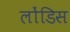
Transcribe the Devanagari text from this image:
लोंडिस